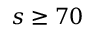
s \geq 7 0